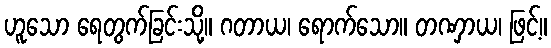
ဟူသော ရေတွက်ခြင်းသို့။ ဂတာယ၊ ရောက်သော။ တဏှာယ၊ ဖြင့်။